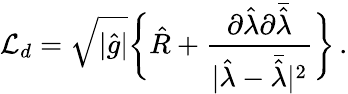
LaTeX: {\cal L}_{d}=\sqrt{|\hat{g}|}\bigg\{ {\hat{R}}+{\frac{\partial{\hat{\lambda}}\partial\bar{\hat{\lambda}}}{|{\hat{\lambda}}-\bar{\hat{\lambda}}|^{2}}}\bigg\} \, .